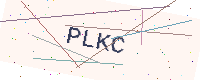
Text: PLKC